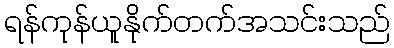
ရန်ကုန်ယူနိုက်တက်အသင်းသည်